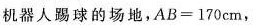
机器人踢球的场地，AB=170cm，